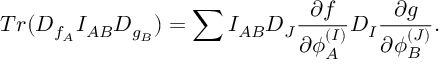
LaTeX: T r ( D _ { f _ { A } } I _ { A B } D _ { g _ { B } } ) = \sum I _ { A B } D _ { J } { \frac { \partial f } { \partial \phi _ { A } ^ { ( I ) } } } D _ { I } { \frac { \partial g } { \partial \phi _ { B } ^ { ( J ) } } } .